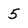
Character: 5